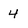
Character: 4